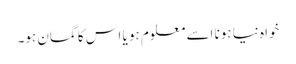
خواہ نیا ہونا اسے معلوم ہو یا اس کا گمان ہو۔